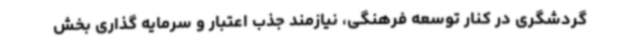
گردشگری در کنار توسعه فرهنگی، نیازمند جذب اعتبار و سرمایه گذاری بخش